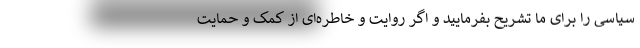
سیاسی را برای ما تشریح بفرمایید و اگر روایت و خاطره‌ای از کمک‌ و حمایت